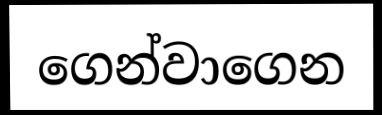
ගෙන්වාගෙන